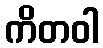
ကိတဝါ